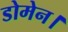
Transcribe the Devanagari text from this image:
डोमेन।